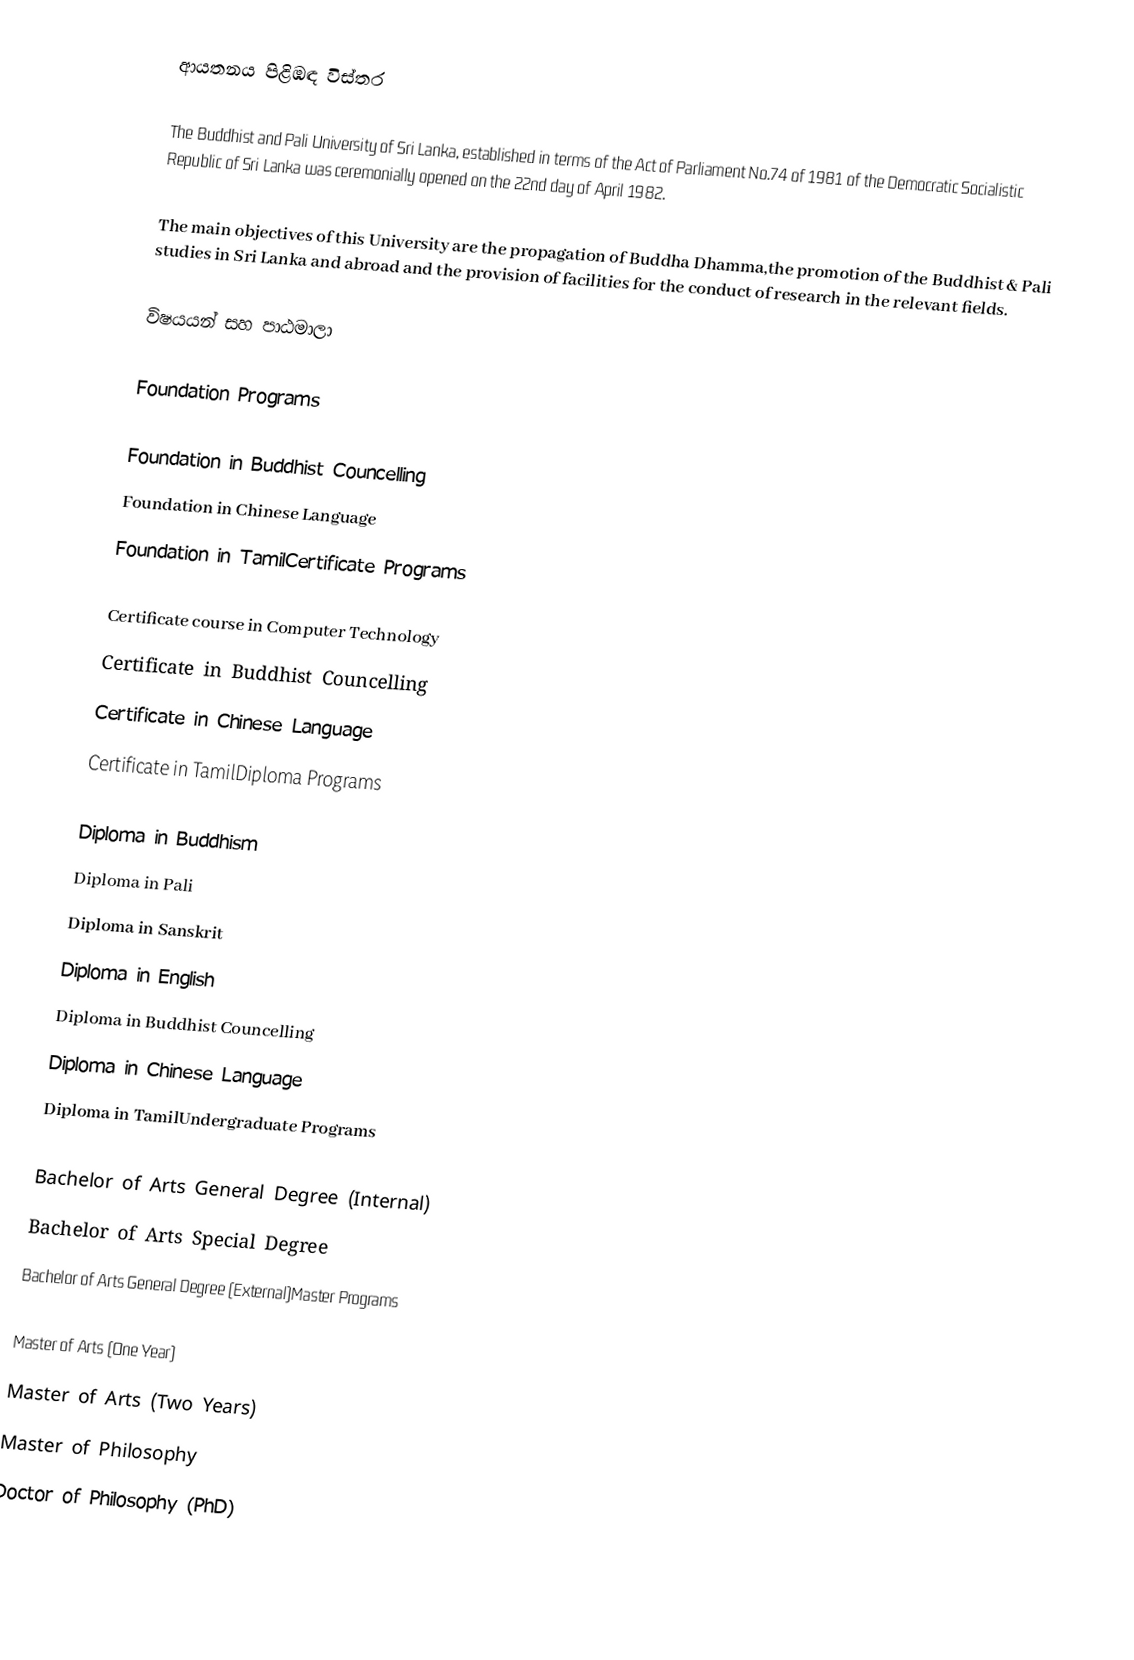
ආයතනය පිළිඹඳ විස්තර

The Buddhist and Pali University of Sri Lanka, established in terms of the Act of Parliament No.74 of 1981 of the Democratic Socialistic Republic of Sri Lanka was ceremonially opened on the 22nd day of April 1982.

The main objectives of this University are the propagation of Buddha Dhamma,the promotion of the Buddhist & Pali studies in Sri Lanka and abroad and the provision of facilities for the conduct of research in the relevant fields.

විෂයයන් සහ පාඨමාලා

Foundation Programs

 Foundation in Buddhist Councelling
 Foundation in Chinese Language
 Foundation in TamilCertificate Programs

 Certificate course in Computer Technology
 Certificate in Buddhist Councelling
 Certificate in Chinese Language
 Certificate in TamilDiploma Programs

 Diploma in Buddhism
 Diploma in Pali
 Diploma in Sanskrit
 Diploma in English
 Diploma in Buddhist Councelling
 Diploma in Chinese Language
 Diploma in TamilUndergraduate Programs

 Bachelor of Arts General Degree (Internal)
 Bachelor of Arts Special Degree
 Bachelor of Arts General Degree (External)Master Programs

 Master of Arts (One Year)
 Master of Arts (Two Years)
 Master of Philosophy
 Doctor of Philosophy (PhD)